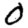
Digit: 0